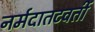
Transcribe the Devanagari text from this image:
नर्मदातटवर्ती